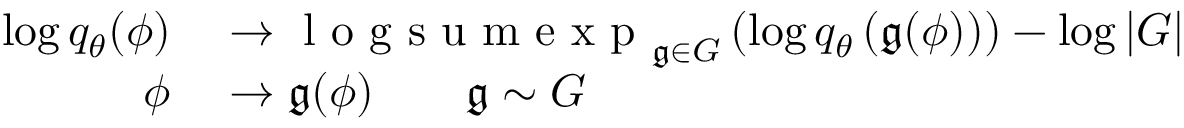
\begin{array} { r l } { \log q _ { \theta } ( \phi ) } & { { } \rightarrow \mathrm { ~ l ~ o ~ g ~ s ~ u ~ m ~ e ~ x ~ p ~ } _ { \mathfrak { g } \in G } \left( \log q _ { \theta } \left( \mathfrak { g } ( \phi ) \right) \right) - \log \left| G \right| } \\ { \phi } & { { } \rightarrow \mathfrak { g } ( \phi ) \qquad \mathfrak { g } \sim G } \end{array}